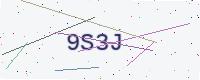
Text: 9S3J